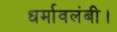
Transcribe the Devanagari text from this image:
धर्मावलंबी।